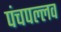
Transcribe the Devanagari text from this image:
पंचपल्लव